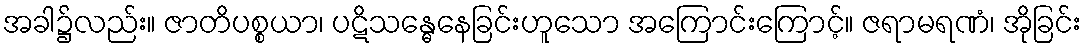
အခါ၌လည်း။ ဇာတိပစ္စယာ၊ ပဋိသန္ဓေနေခြင်းဟူသော အကြောင်းကြောင့်။ ဇရာမရဏံ၊ အိုခြင်း